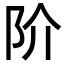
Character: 阶